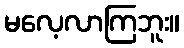
မလေ့လာကြဘူး။